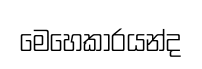
මෙහෙකාරයන්ද